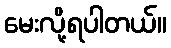
မေးလို့ရပါတယ်။